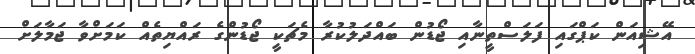
އޭޝިއަން ކަޕްގައި ފަލަސްތީނާއި ޖޯޑުން ބައްދަލުކުރާ މެޗަކީ ޖޯޑުންގެ ރައްޔިތެއް ކަމަށްވާ ޖަމާލަށް